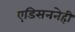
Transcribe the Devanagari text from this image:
एडिसननेही